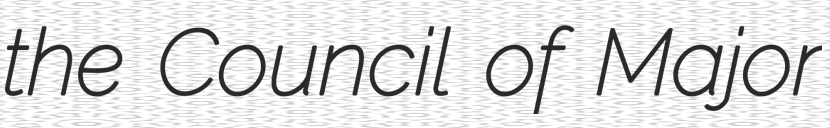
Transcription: the Council of Major